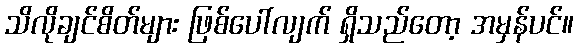
သိလိုချင်စိတ်များ ဖြစ်ပေါ်လျက် ရှိသည်တော့ အမှန်ပင်။